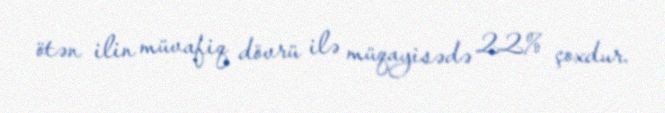
ötən ilin müvafiq dövrü ilə müqayisədə 22% çoxdur.